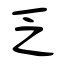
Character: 乏